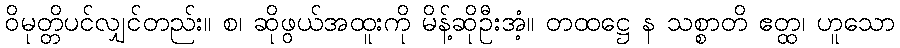
ဝိမုတ္တိပင်လျှင်တည်း။ စ၊ ဆိုဖွယ်အထူးကို မိန့်ဆိုဦးအံ့။ တထဋ္ဌေ န သစ္စာတိ ဧတ္ထ၊ ဟူသော